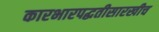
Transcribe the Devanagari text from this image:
कारभारपद्धतीसारखीच